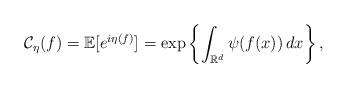
LaTeX: \begin{align*}\mathcal{C}_\eta(f)=\mathbb{E}[e^{i\eta(f)}]=\exp\left\{\int_{\mathbb{R}^d}\psi(f(x)) \, dx\right\},\end{align*}